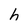
Character: h